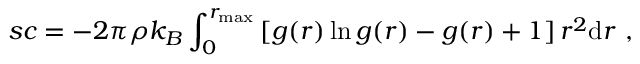
s c = - 2 \pi \rho k _ { B } \int _ { 0 } ^ { r _ { \mathrm { m a x } } } \left[ g ( r ) \ln g ( r ) - g ( r ) + 1 \right] r ^ { 2 } \mathrm { d } r ~ ,